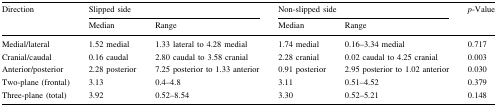
<table><thead><tr><td rowspan="2"><b>Direction</b></td><td colspan="2"><b>Slipped side</b></td><td colspan="2"><b>Non-slipped side</b></td><td rowspan="2"><b><i>p</i>-Value</b></td></tr><tr><td><b>Median</b></td><td><b>Range</b></td><td><b>Median</b></td><td><b>Range</b></td></tr></thead><tbody><tr><td>Medial/lateral</td><td>1.52 medial</td><td>1.33 lateral to 4.28 medial</td><td>1.74 medial</td><td>0.16–3.34 medial</td><td>0.717</td></tr><tr><td>Cranial/caudal</td><td>0.16 caudal</td><td>2.80 caudal to 3.58 cranial</td><td>2.28 cranial</td><td>0.02 caudal to 4.25 cranial</td><td>0.003</td></tr><tr><td>Anterior/posterior</td><td>2.28 posterior</td><td>7.25 posterior to 1.33 anterior</td><td>0.91 posterior</td><td>2.95 posterior to 1.02 anterior</td><td>0.030</td></tr><tr><td>Two-plane (frontal)</td><td>3.13</td><td>0.4–4.8</td><td>3.11</td><td>0.51–4.52</td><td>0.379</td></tr><tr><td>Three-plane (total)</td><td>3.92</td><td>0.52–8.54</td><td>3.30</td><td>0.52–5.21</td><td>0.148</td></tr></tbody></table>